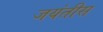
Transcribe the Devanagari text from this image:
जयंतीस